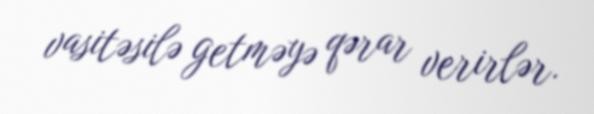
vasitəsilə getməyə qərar verirlər.